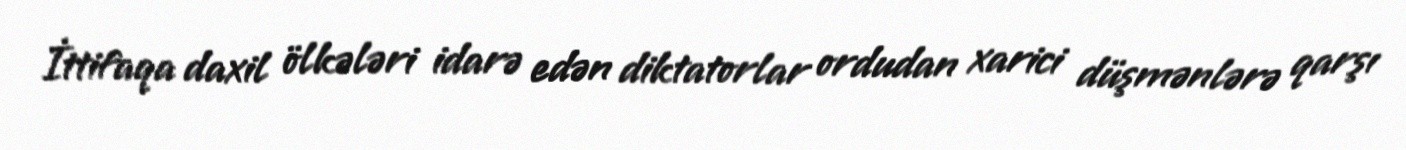
İttifaqa daxil ölkələri idarə edən diktatorlar ordudan xarici düşmənlərə qarşı